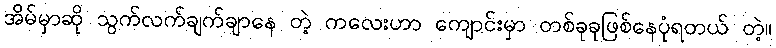
အိမ်မှာဆို သွက်လက်ချက်ချာနေ တဲ့ ကလေးဟာ ကျောင်းမှာ တစ်ခုခုဖြစ်နေပုံရတယ် တဲ့။